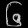
Digit: ၆